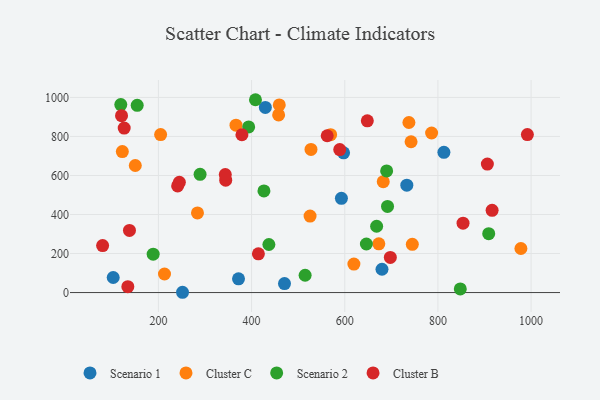
{"axis": {"x": "Speed", "y": "Profit"}, "legend": ["Cluster B", "Cluster C", "Scenario 1", "Scenario 2"], "data": [{"x": "102.9", "y": 77.2, "type": "Scenario 1"}, {"x": "470.6", "y": 45.9, "type": "Scenario 1"}, {"x": "592.8", "y": 482.9, "type": "Scenario 1"}, {"x": "371.9", "y": 70.1, "type": "Scenario 1"}, {"x": "597.4", "y": 715.9, "type": "Scenario 1"}, {"x": "429.5", "y": 948.6, "type": "Scenario 1"}, {"x": "812.8", "y": 718.4, "type": "Scenario 1"}, {"x": "251.7", "y": 1.4, "type": "Scenario 1"}, {"x": "679.9", "y": 119.5, "type": "Scenario 1"}, {"x": "733.2", "y": 550.5, "type": "Scenario 1"}, {"x": "527.5", "y": 733.4, "type": "Cluster C"}, {"x": "122.5", "y": 722.3, "type": "Cluster C"}, {"x": "283.8", "y": 408.1, "type": "Cluster C"}, {"x": "673.1", "y": 249.6, "type": "Cluster C"}, {"x": "682.6", "y": 568.1, "type": "Cluster C"}, {"x": "619.6", "y": 145.7, "type": "Cluster C"}, {"x": "742.3", "y": 772.9, "type": "Cluster C"}, {"x": "366.5", "y": 857.7, "type": "Cluster C"}, {"x": "525.5", "y": 391.8, "type": "Cluster C"}, {"x": "458.0", "y": 910.5, "type": "Cluster C"}, {"x": "150.3", "y": 651.0, "type": "Cluster C"}, {"x": "204.7", "y": 809.8, "type": "Cluster C"}, {"x": "737.7", "y": 871.4, "type": "Cluster C"}, {"x": "213.0", "y": 95.1, "type": "Cluster C"}, {"x": "786.4", "y": 817.6, "type": "Cluster C"}, {"x": "978.1", "y": 225.7, "type": "Cluster C"}, {"x": "569.7", "y": 809.2, "type": "Cluster C"}, {"x": "459.4", "y": 961.6, "type": "Cluster C"}, {"x": "745.0", "y": 247.3, "type": "Cluster C"}, {"x": "691.8", "y": 441.5, "type": "Scenario 2"}, {"x": "393.7", "y": 848.9, "type": "Scenario 2"}, {"x": "668.4", "y": 339.7, "type": "Scenario 2"}, {"x": "154.4", "y": 959.7, "type": "Scenario 2"}, {"x": "408.3", "y": 988.2, "type": "Scenario 2"}, {"x": "437.1", "y": 246.3, "type": "Scenario 2"}, {"x": "848.0", "y": 18.8, "type": "Scenario 2"}, {"x": "514.9", "y": 88.6, "type": "Scenario 2"}, {"x": "289.4", "y": 605.9, "type": "Scenario 2"}, {"x": "909.0", "y": 301.7, "type": "Scenario 2"}, {"x": "426.5", "y": 520.6, "type": "Scenario 2"}, {"x": "188.7", "y": 196.6, "type": "Scenario 2"}, {"x": "646.4", "y": 248.7, "type": "Scenario 2"}, {"x": "689.9", "y": 623.1, "type": "Scenario 2"}, {"x": "119.2", "y": 963.6, "type": "Scenario 2"}, {"x": "126.5", "y": 842.8, "type": "Cluster B"}, {"x": "589.2", "y": 732.5, "type": "Cluster B"}, {"x": "853.9", "y": 355.7, "type": "Cluster B"}, {"x": "562.3", "y": 803.6, "type": "Cluster B"}, {"x": "379.2", "y": 808.8, "type": "Cluster B"}, {"x": "414.6", "y": 198.3, "type": "Cluster B"}, {"x": "241.2", "y": 546.5, "type": "Cluster B"}, {"x": "697.8", "y": 179.9, "type": "Cluster B"}, {"x": "344.4", "y": 576.1, "type": "Cluster B"}, {"x": "992.0", "y": 809.6, "type": "Cluster B"}, {"x": "80.2", "y": 240.8, "type": "Cluster B"}, {"x": "648.4", "y": 880.3, "type": "Cluster B"}, {"x": "906.1", "y": 658.5, "type": "Cluster B"}, {"x": "343.5", "y": 604.8, "type": "Cluster B"}, {"x": "137.8", "y": 318.6, "type": "Cluster B"}, {"x": "134.3", "y": 30.2, "type": "Cluster B"}, {"x": "120.8", "y": 906.4, "type": "Cluster B"}, {"x": "244.9", "y": 564.7, "type": "Cluster B"}, {"x": "916.3", "y": 421.2, "type": "Cluster B"}]}